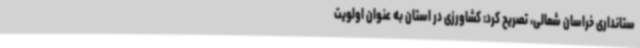
ستانداری خراسان شمالی، تصریح کرد: کشاورزی در استان به عنوان اولویت